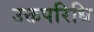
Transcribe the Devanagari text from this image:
उक्तपरिधि